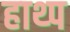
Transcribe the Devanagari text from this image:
हाथ्प